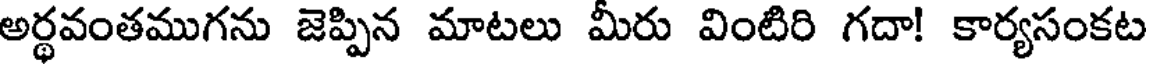
అర్థవంతముగను జెప్పిన మాటలు మీరు వింటిరి గదా! కార్యసంకట